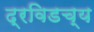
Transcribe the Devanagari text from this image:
द्रविडच्य